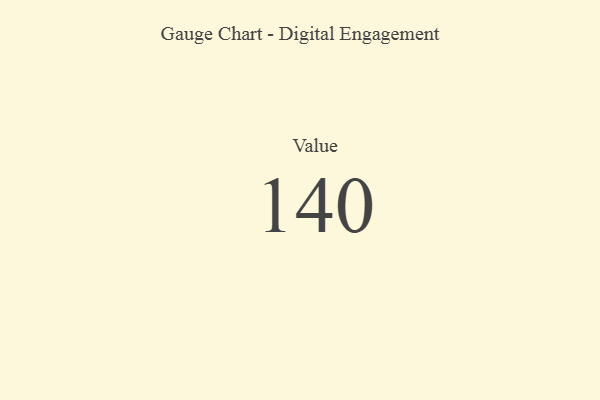
{"axis": {"x": "Metric", "y": "Value"}, "legend": [""], "data": [{"x": "Value", "y": 140, "type": ""}]}